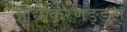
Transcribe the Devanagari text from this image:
आद्यकिरणङ्ङल्